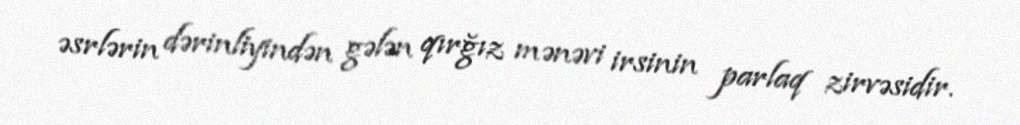
əsrlərin dərinliyindən gələn qırğız mənəvi irsinin parlaq zirvəsidir.